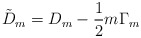
\begin{align*}{\tilde D}_{m}= D_{m}-\frac{1}{2}m\Gamma_{m}\end{align*}